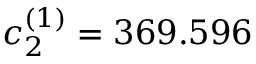
c _ { 2 } ^ { ( 1 ) } = 3 6 9 . 5 9 6